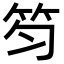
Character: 笉